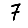
Digit: 7